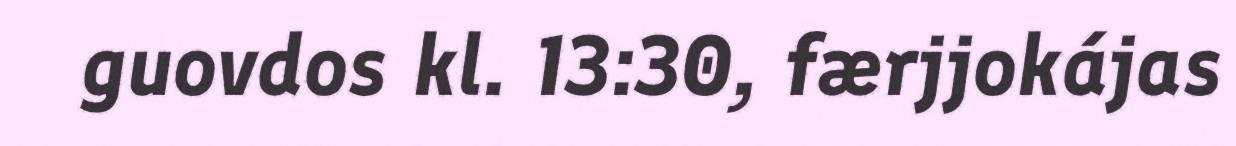
guovdos kl. 13:30, færjjokájas